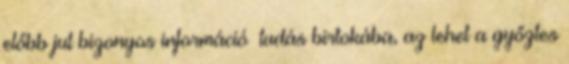
előbb jut bizonyos információ tudás birtokába, az lehet a győztes